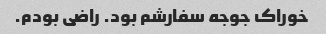
خوراک جوجه سفارشم بود. راضی بودم.